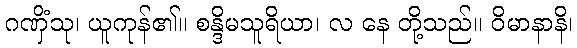
ဂဏှိံသု၊ ယူကုန်၏။ စန္ဒိမသူရိယာ၊ လ နေ တို့သည်။ ဝိမာနာနိ၊